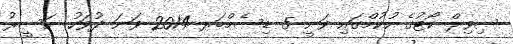
ސިވިލް ކޯޓުގެ ހުކުމްގައި ވަނީ 5 ޑިސެމްބަރ 2014 ވަނަ ދުވަހު ނަސީރު